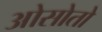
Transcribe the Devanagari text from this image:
ओसोतो